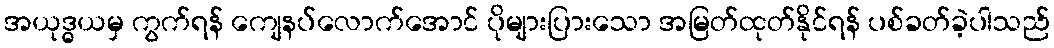
အယုဒ္ဓယမှ ကွက်ရန် ကျေနပ်လောက်အောင် ပိုများပြားသော အမြတ်ထုတ်နိုင်ရန် ပစ်ခတ်ခဲ့ပါသည်